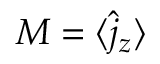
M = \langle \hat { j } _ { z } \rangle